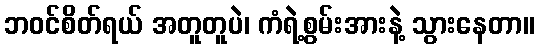
ဘဝင်စိတ်ရယ် အတူတူပဲ၊ ကံရဲ့စွမ်းအားနဲ့ သွားနေတာ။